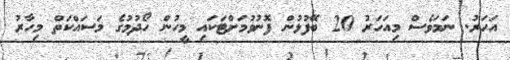
އަހަރު. ނަމަވެސް މިއަހަރު 20 ބޭފުޅުން ފޮނުވުމަށްޓަކައި މީހުން ހޯދުމުގެ މަސައްކަތް މިހާރު